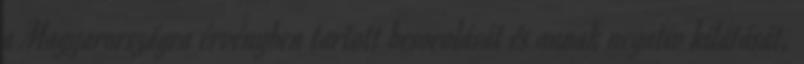
a Magyarországra érvényben tartott besorolását és annak negatív kilátását,